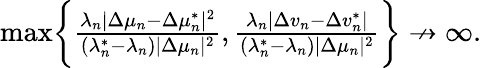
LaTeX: \begin{array}{r}{\operatorname*{max}\biggr\{ \frac{\lambda_{n}|\Delta\mu_{n}-\Delta\mu_{n}^{*}|^{2}}{(\lambda_{n}^{*}-\lambda_{n})|\Delta\mu_{n}|^{2}},\frac{\lambda_{n}|\Delta v_{n}-\Delta v_{n}^{*}|}{(\lambda_{n}^{*}-\lambda_{n})|\Delta\mu_{n}|^{2}}\biggr\} \not\to\infty.}\end{array}